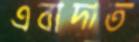
এবাদাত